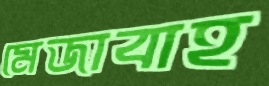
মেজাবাহ